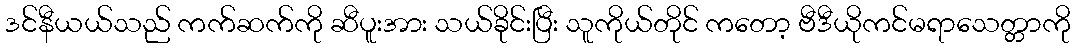
ဒင်နီယယ်သည် ကက်ဆက်ကို ဆီပူးအား သယ်ခိုင်းပြီး သူကိုယ်တိုင် ကတော့ ဗီဒီယိုကင်မရာသေတ္တာကို